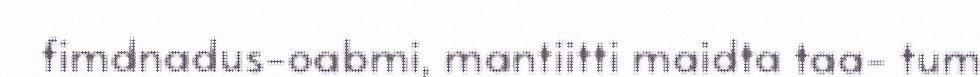
fimdnadus-oabmi, mantiitti maidta taa- tum